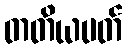
တတိယပတ်